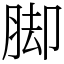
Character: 脚